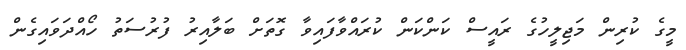
މީގެ ކުރިން މަޖިލީހުގެ ރައީސް ކަންކަން ކުރައްވާފައިވާ ގޮތަށް ބަލާއިރު ފުރުސަތު ހޯއްދަވައިގެން